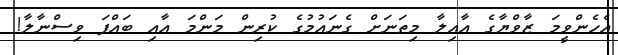
އެހެންވީމަ ޒާވްޔާގެ އާއިލާ މިތަނަށް ގެނައުމުގެ ކުރިން މަންމަ އާއި ބައްޕަ ވިސްނާލާ!